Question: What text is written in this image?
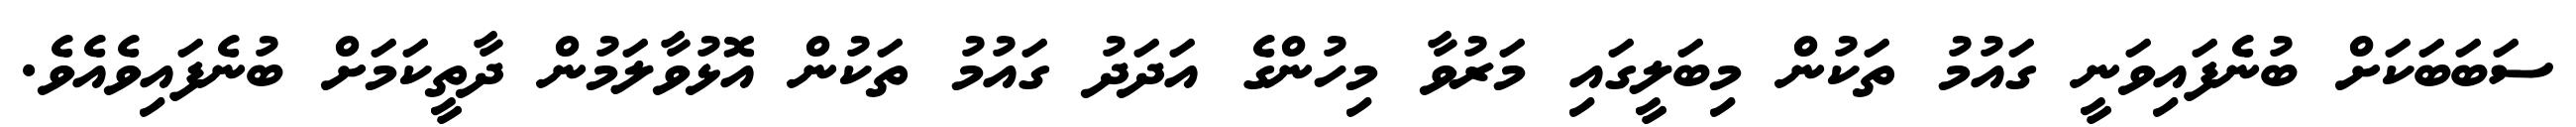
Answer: ސަބަބަކަށް ބުނެފައިވަނީ ގައުމު ތަކުން މިބަލީގައި މަރުވާ މިހުންގެ އަދަދު ގައުމު ތަކުން އޮޅުވާލަމުން ދާތީކަމަށް ބުނެފައިވެއެވެ.